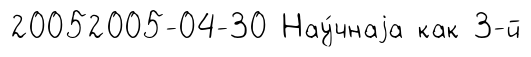
20052005-04-30 Нау́чнаjа как 3-й